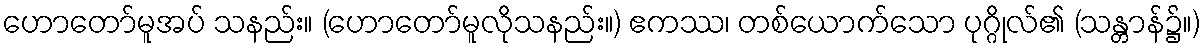
ဟောတော်မူအပ် သနည်း။ (ဟောတော်မူလိုသနည်း။) ဧကဿ၊ တစ်ယောက်သော ပုဂ္ဂိုလ်၏ (သန္တာန်၌။)